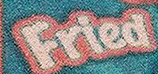
Fried